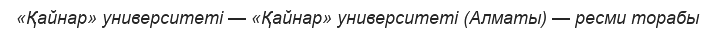
«Қайнар» университеті — «Қайнар» университеті (Алматы) — ресми торабы